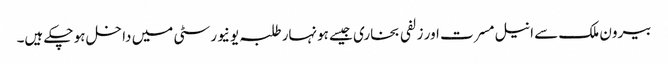
بیرون ملک سے انیل مسرت اور زلفی بخاری جیسے ہونہار طلبہ یونیورسٹی میں داخل ہو چکے ہیں۔